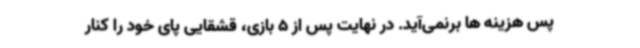
پس هزینه ها برنمی‌آید. در نهایت پس از 5 بازی، قشقایی پای خود را کنار